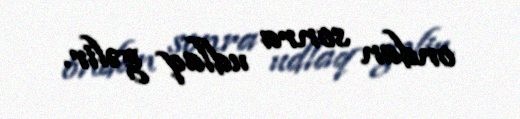
ondan sonra udlaq gəlir.